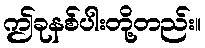
ဤခုနစ်ပါးတို့တည်း။